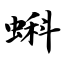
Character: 蝌